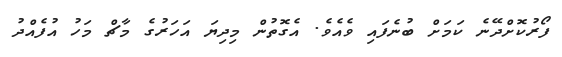
ފޯރުކޮށްދޭނެ ކަމަށް ބުނެފައި ވެއެވެ. އެގޮތުން މިދިޔަ އަހަރުގެ މާޗް މަހު އުފެއްދު